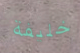
خليفة